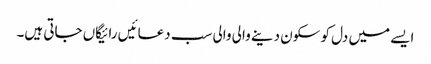
ایسے میں دل کو سکون دینے والی والی سب دعائیں رائیگاں جاتی ہیں۔